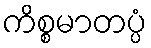
ကိစ္စမာတပ္ပံ